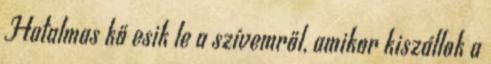
Hatalmas kő esik le a szívemről, amikor kiszállok a